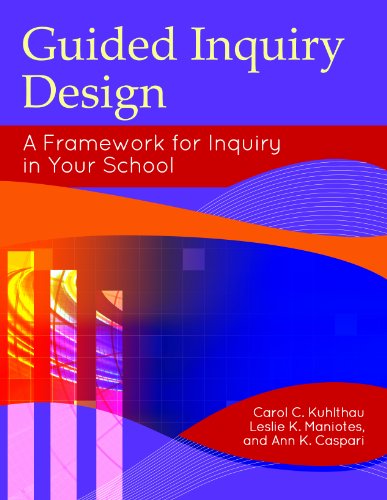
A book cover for Guided Inquiry Design: A Framework for Inquiry in Your School (Libraries Unlimited Guided Inquiry); Carol C. Kuhlthau; Politics & Social Sciences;